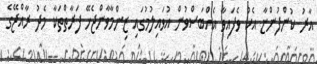
އާރު ކުންފުންޏާ އެކު ވެފައިވާ އެއްބަސްވުން އުވައިލުމުގައި ޒިންމާވާންޖެހޭ ފަރާތްތަކާ މެދު ރާއްޖޭގެ